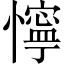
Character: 懧